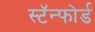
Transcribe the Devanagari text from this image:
स्टॅन्फोर्ड